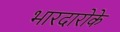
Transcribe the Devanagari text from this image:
भारदारोके